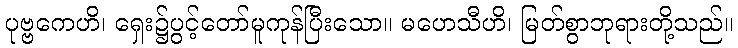
ပုဗ္ဗကေဟိ၊ ရှေး၌ပွင့်တော်မူကုန်ပြီးသော။ မဟေသီဟိ၊ မြတ်စွာဘုရားတို့သည်။